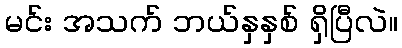
မင်း အသက် ဘယ်နှနှစ် ရှိပြီလဲ။